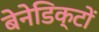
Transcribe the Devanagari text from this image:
बेनेडिक्टों